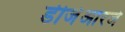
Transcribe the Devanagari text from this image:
डीजेआरजे